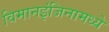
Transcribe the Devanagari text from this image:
विमानइंजिनामध्ये